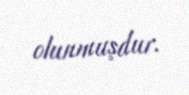
olunmuşdur.